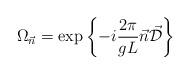
LaTeX: \begin{align*}\Omega_{\vec{n}} = \exp \left\{-i \frac{2\pi}{gL} \vec{n} \vec{\cal D}\right\}\end{align*}